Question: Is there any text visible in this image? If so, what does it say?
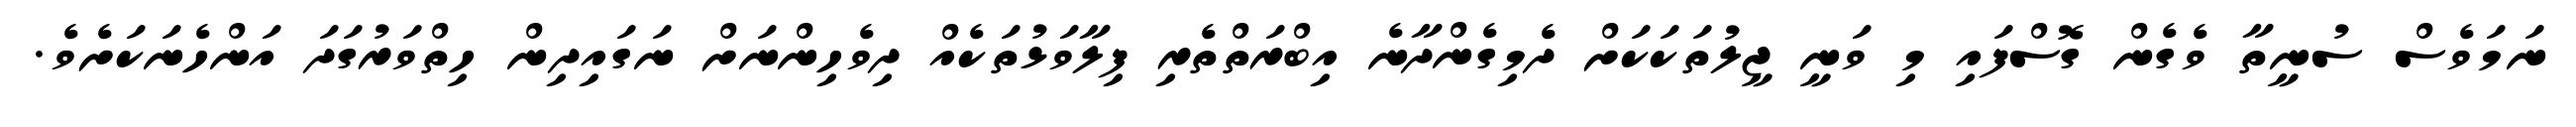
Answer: ނަމަވެސް ސުނީތާ ވެގެން ގޮސްފައި މި ވަނީ ޖީލުތަކަކަށް ދެމިގެންދާނެ އިބްރަތްތެރި ފިލާވަޅުތަކެއް ދިވެހިންނަށް ނަގައިދިން ހިތްވަރުގަދަ އަންހެނަކަށެވެ.